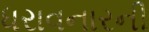
ધરાવનારની